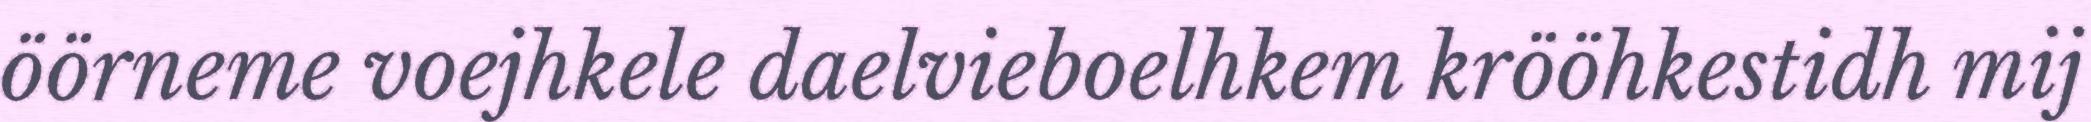
öörneme voejhkele daelvieboelhkem krööhkestidh mij